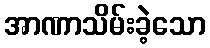
အာဏာသိမ်းခဲ့သော